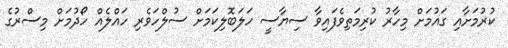
ކުރުމަށާއި ގައުމަށް މިހާރު ކުރިމަތިވެފައިވާ ސިޔާސީ ހަލަބޮލިކަމަށް ސުލްހަވެރި ހައްލެއް ހޯދުމަށް މިސްރުގެ